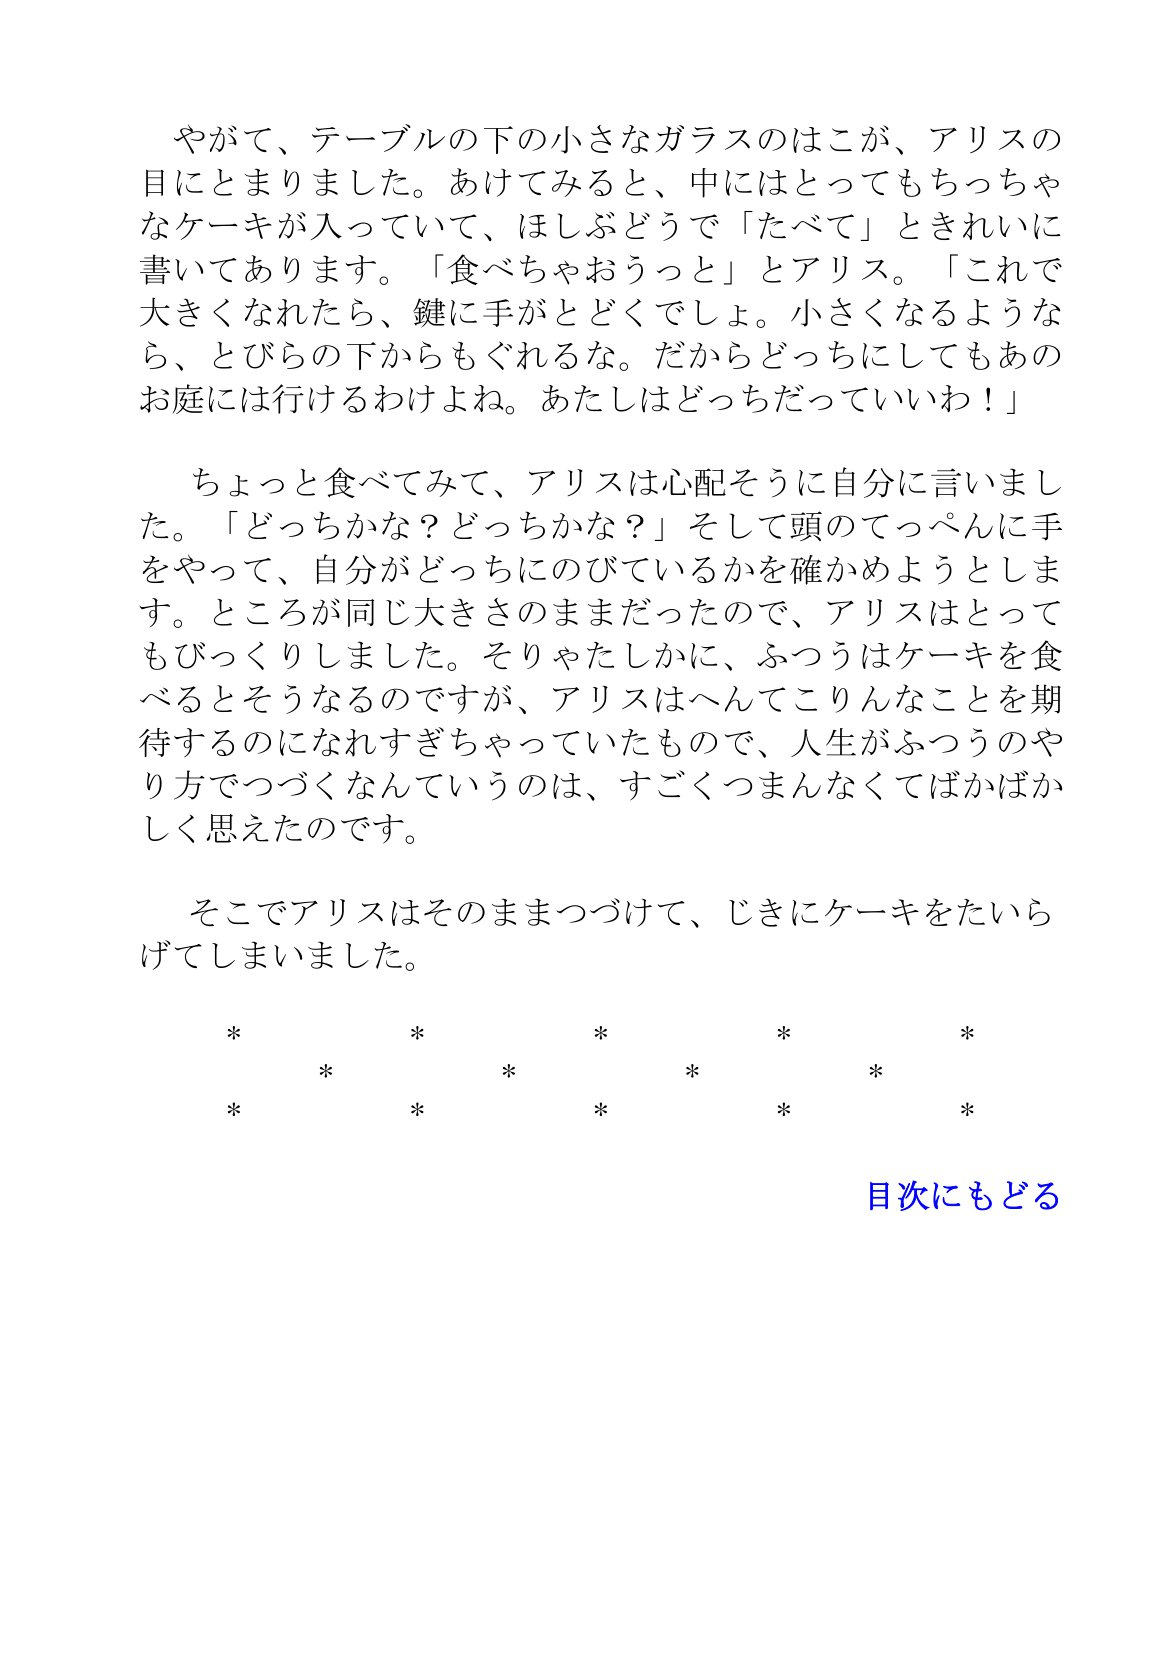
Language: ja